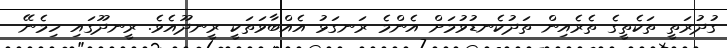
ގުދުރަތީ ތަކެތީގެ ތެރެއިން ތަދުކެނޑުވުމަށް އެންމެ ރަނގަޅު އެއްބާވަތަކީ ރީނދޫއެވެ. ރީނދޫގައި ހިމެނޭ